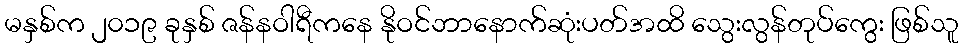
မနှစ်က ၂၀၁၉ ခုနှစ် ဇန်နဝါရီကနေ နိုဝင်ဘာနောက်ဆုံးပတ်အထိ သွေးလွန်တုပ်ကွေး ဖြစ်သူ